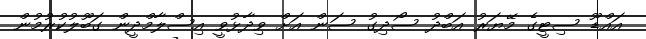
އައްޑޫ ސިޓީގެ މޭޔަރު އަބްދު ސޯދިގު ސަން އަށް ވިދާޅުވީ އިސްލާމްދީން ގަބޫލުކުރުމުން